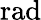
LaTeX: \mathrm{rad}